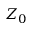
Z _ { 0 }